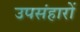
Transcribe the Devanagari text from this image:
उपसंहारों